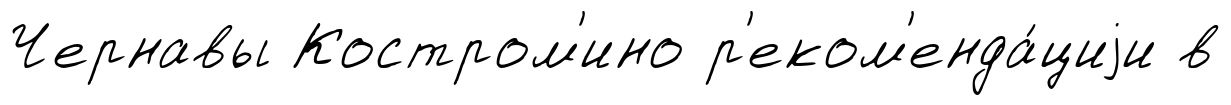
Чернавы Костром'ино р'еком'енда́циjи в